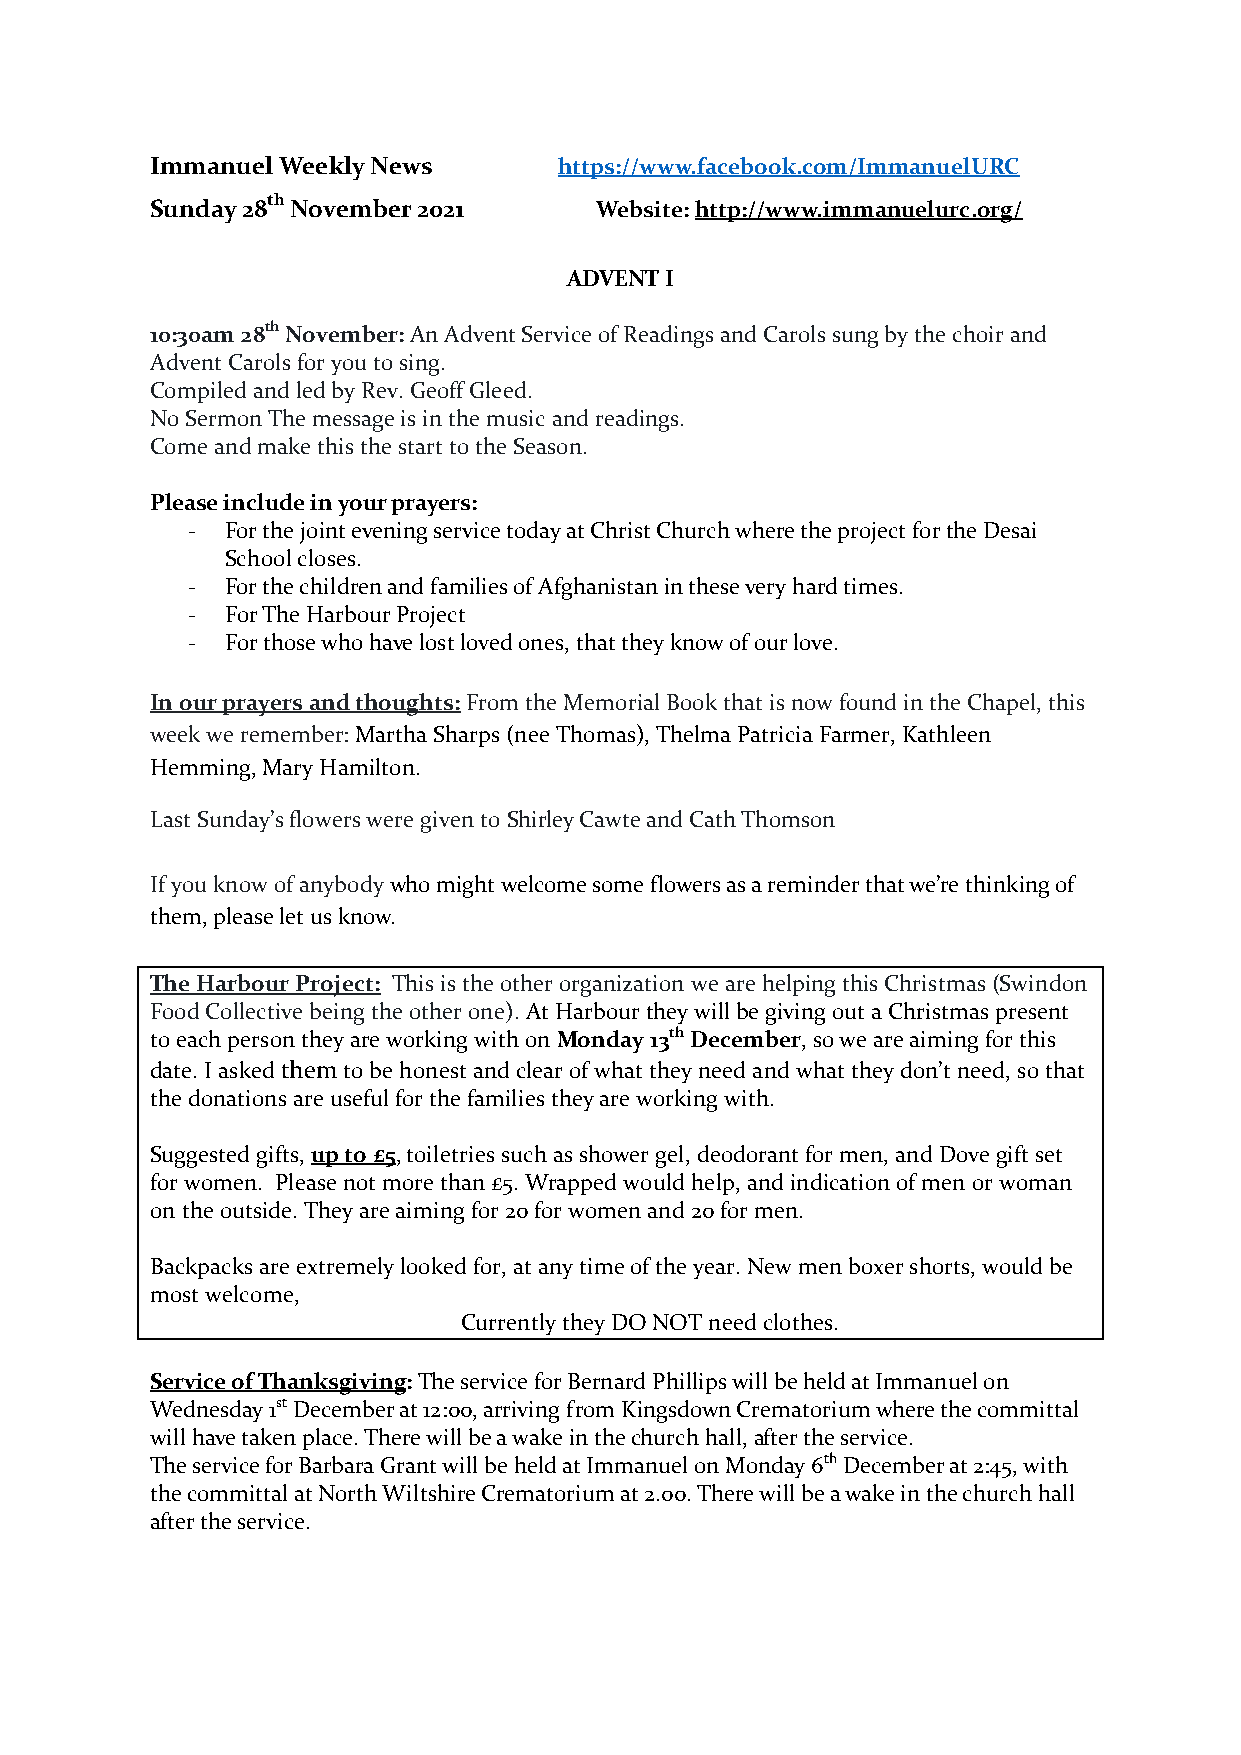
Immanuel Weekly News       https://www.facebook.com/ImmanuelURC
 Sunday 28th November 2021    Website: http://www.immanuelurc.org/
 ADVENT I
 10:30am 28th November: An Advent Service of Readings and Carols sung by the choir and
 Advent Carols for you to sing.
 Compiled and led by Rev. Geoff Gleed.
 No Sermon The message is in the music and readings.
 Come and make this the start to the Season.
 Please include in your prayers:
 -  For the joint evening service today at Christ Church where the project for the Desai
 School closes.
 -  For the children and families of Afghanistan in these very hard times.
 -  For The Harbour Project
 -  For those who have lost loved ones, that they know of our love.
 In our prayers and thoughts: From the Memorial Book that is now found in the Chapel, this
 week we remember: Martha Sharps (nee Thomas), Thelma Patricia Farmer, Kathleen
 Hemming, Mary Hamilton.
 Last Sunday’s flowers were given to Shirley Cawte and Cath Thomson
 If you know of anybody who might welcome some flowers as a reminder that we’re thinking of
 them, please let us know.
 The Harbour Project: This is the other organization we are helping this Christmas (Swindon
 Food Collective being the other one). At Harbour they will be giving out a Christmas present
 to each person they are working with on Monday 13th December, so we are aiming for this
 date. I asked them to be honest and clear of what they need and what they don’t need, so that
 the donations are useful for the families they are working with.
 Suggested gifts, up to £5, toiletries such as shower gel, deodorant for men, and Dove gift set
 for women. Please not more than £5. Wrapped would help, and indication of men or woman
 on the outside. They are aiming for 20 for women and 20 for men.
 Backpacks are extremely looked for, at any time of the year. New men boxer shorts, would be
 most welcome,
 Currently they DO NOT need clothes.
 Service of Thanksgiving: The service for Bernard Phillips will be held at Immanuel on
 Wednesday 1st December at 12:00, arriving from Kingsdown Crematorium where the committal
 will have taken place. There will be a wake in the church hall, after the service.
 The service for Barbara Grant will be held at Immanuel on Monday 6th December at 2:45, with
 the committal at North Wiltshire Crematorium at 2.00. There will be a wake in the church hall
 after the service.